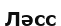
Ләсс